Indian journal of veterinary science and animal husbandry - Volume 13,
Year: 1943
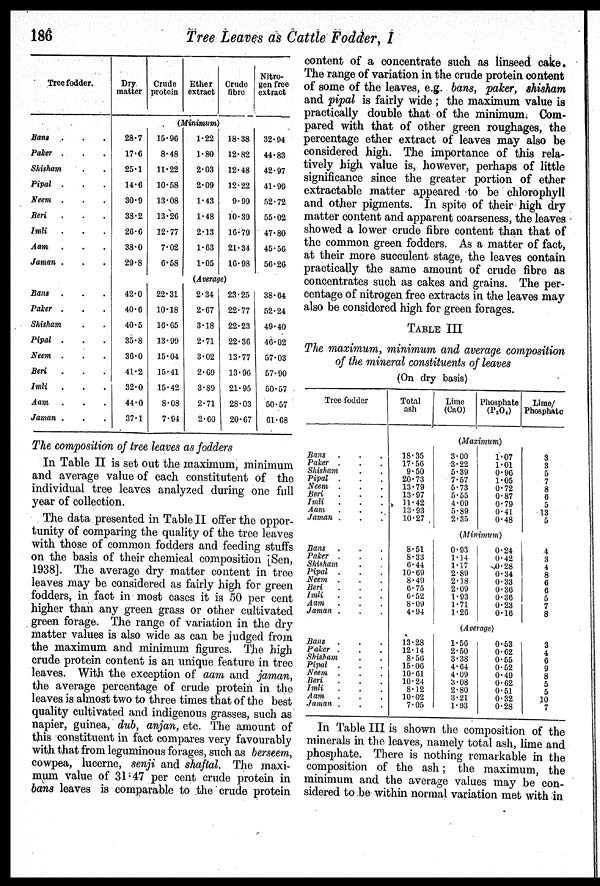
186
Tree Leaves as Cattle Fodder, I
Tree fodder.
Bans . . .
Paker . . .
Shisham . .
Pipal . . .
Neem . . .
Beri . . .
Imli . . .
Aam . . .
Jaman . . .
Bans . . .
Paker . . .
Shisham . .
Pipal . . .
Neem . . .
Beri . . .
Imli . . .
Aam . . .
Jaman . . .
Dry
matter
28.7
17.6
25.1
14.6
30.9
38.2
26.6
38.0
29.8
42.0
40.6
40.5
35.8
36.0
41.2
32.0
44.0
37.1
Crude
protein
Ether
extract
(Minimum)
15.96
8.48
11.22
10.58
13.08
13.26
12.77
7.02
6.58
22.31
10.18
16.65
13.99
15.04
15.41
15.42
8.08
7.94
1.22
1.80
2.03
2.09
1.43
1.48
2.13
1.63
1.05
Crude
fibre
18.38
12.82
12.48
12.22
9.99
10.39
16.79
21.34
16.98
(Average)
2.34
2.67
3.18
2.71
3.02
2.69
3.89
2.71
2.60
23.25
22.77
22.23
22.36
13.77
13.96
21.95
28.03
20.67
Nitro-
gen free
extract
32.94
44.83
42.97
41.99
52.72
55.02
47.80
45.56
56.26
38.64
52.24
49.40
46.02
57.03
57.90
50.57
50.57
61.68
The composition of tree leaves as fodders
In Table II is set out the maximum, minimum
and average value of each constitutent of the
individual tree leaves analyzed during one full
year of collection.
The data presented in Table II offer the oppor-
tunity of comparing the quality of the tree leaves
with those of common fodders and feeding stuffs
on the basis of their chemical composition [Sen,
1938]. The average dry matter content in tree
leaves may be considered as fairly high for green
fodders, in fact in most cases it is 50 per cent
higher than any green grass or other cultivated
green forage. The range of variation in the dry
matter values is also wide as can be judged from
the maximum and minimum figures. The high
crude protein content is an unique feature in tree
leaves. With the exception of aam and jaman,
the average percentage of crude protein in the
leaves is almost two to three times that of the best
quality cultivated and indigenous grasses, such as
napier, guinea, dub, anjan, etc. The amount of
this constituent in fact compares very favourably
with that from leguminous forages, such as berseem,
cowpea, lucerne, senji and shaftal. The maxi-
mum value of 31:47 per cent crude protein in
bans leaves is comparable to the crude protein
content of a concentrate such as linseed cake.
The range of variation in the crude protein content
of some of the leaves, e.g. bans, paker, shisham
and pipal is fairly wide; the maximum value is
practically double that of the minimum. Com-
pared with that of other green roughages, the
percentage ether extract of leaves may also be
considered high. The importance of this rela-
tively high value is, however, perhaps of little
significance since the greater portion of ether
extractable matter appeared to be chlorophyll
and other pigments. In spite of their high dry
matter content and apparent coarseness, the leaves
showed a lower crude fibre content than that of
the common green fodders. As a matter of fact,
at their more succulent stage, the leaves contain
practically the same amount of crude fibre as
concentrates such as cakes and grains. The per-
centage of nitrogen free extracts in the leaves may
also be considered high for green forages.
TABLE III
The maximum, minimum and average composition
of the mineral constituents of leaves
(On dry basis)
Tree fodder
Bans . . .
Paker . . .
Shisham . .
Pipal . . .
Neem . . .
Beri . . .
Imli . . .
Aam . . .
Jaman . . .
Bans . . .
Paker . . .
Shisham . .
Pipal . . .
Neem . . .
Beri . . .
Imli . . .
Aam . . .
Jaman . . .
Bans . . .
Paker . . .
Shisham . .
Pipal . . .
Neem . . .
Beri . . .
Imli . . .
Aam . . .
Jaman . . .
Total
ash
18.35
17.56
9.50
20.73
13.79
13.97
11.42
13.93
10.27
8.51
8.33
6.44
10.69
8.49
6.75
6.52
8.09
4.94
13.28
12.14
8.56
15.06
10.61
10.24
8.12
10.02
7.05
Lime
(CaO)
Phosphate
(P 2 O 5 )
(Maximum)
3.00
3.22
5.39
7.57
5.73
5.55
4.09
5.89
2.35
1.07
1.01
0.96
1.05
0.72
0.87
0.79
0.41
0.48
(Minimum)
0.93
1.14
1.17
2.89
2.18
2.09
1.93
1.71
1.26
0.24
0.42
0.28
0.34
0.33
0.36
0.36
0.23
0.16
(Average)
1.56
2.50
3.38
4.64
4.09
3.08
2.80
3.21
1.93
0.53
0.62
0.55
0.52
0.49
0.62
0.51
0.32
0.28
Lime/
Phosphate
3
3
5
7
8
6
5
13
5
4
3
4
8
6
6
5
7
8
3
4
6
9
8
5
5
10
7
In Table III is shown the composition of the
minerals in the leaves, namely total ash, lime and
phosphate. There is nothing remarkable in the
composition of the ash; the maximum, the
minimum and the average values may be con-
sidered to be within normal variation met with in